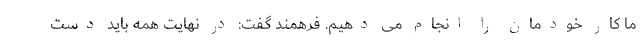
ما کار خودمان را انجام می دهیم. فرهمند گفت: در نهایت همه باید دست